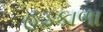
હડકાળા